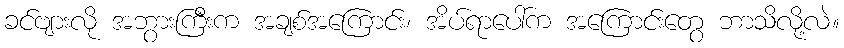
ခင်ဗျားလို အဘွားကြီးက အချစ်အကြောင်း၊ အိပ်ရာပေါ်က အကြောင်းတွေ ဘာသိလို့လဲ။